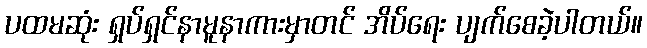
ပထမဆုံး ရှပ်ရှင်နာမူနာကားမှာတင် အိပ်ရေး ပျက်စေခဲ့ပါတယ်။